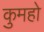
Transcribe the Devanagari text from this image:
कुमहो